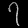
Digit: ၇